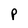
Character: P